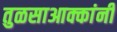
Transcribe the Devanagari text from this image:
तुळसाआक्कांनी